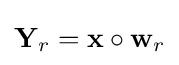
\mathbf {Y} _{r}=\mathbf {x} \circ \mathbf {w} _{r}